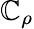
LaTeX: \mathbb{C}_{\rho}